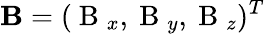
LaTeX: \mathbf{B}=(\mathrm{~B~}_{x},\mathrm{~B~}_{y},\mathrm{~B~}_{z})^{T}